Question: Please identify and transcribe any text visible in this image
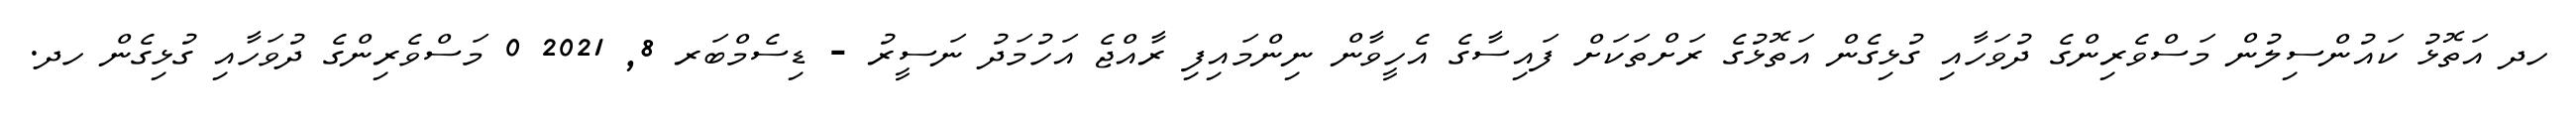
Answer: ހދ އަތޮޅު ކައުންސިލުން މަސްވެރިންގެ ދުވަހާއި ގުޅިގެން އަތޮޅުގެ ރަށްތަކަށް ފައިސާގެ އެހީވާން ނިންމައިފި ރާއްޖެ އަހުމަދު ނަސީރު - ޑިސެމްބަރ 8, 2021 0 މަސްވެރިންގެ ދުވަހާއި ގުޅިގެން ހދ.